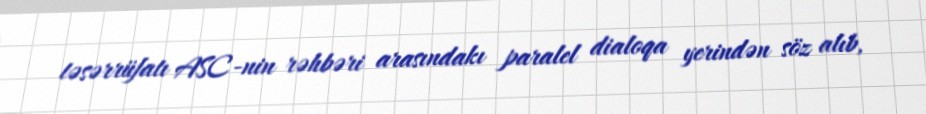
təsərrüfatı ASC-nin rəhbəri arasındakı paralel dialoqa yerindən söz alıb,